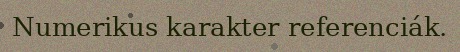
Numerikus karakter referenciák.